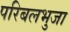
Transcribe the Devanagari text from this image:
परिबलभुजा